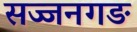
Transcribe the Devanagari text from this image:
सज्जनगङ